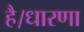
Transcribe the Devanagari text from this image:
है।धारणा